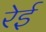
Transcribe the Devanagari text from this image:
रेई